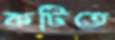
কটিতে